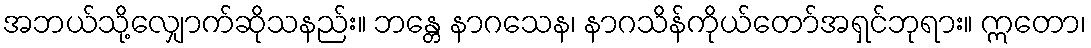
အဘယ်သို့လျှောက်ဆိုသနည်း။ ဘန္တေ နာဂသေန၊ နာဂသိန်ကိုယ်တော်အရှင်ဘုရား။ ဣတော၊